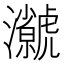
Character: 𭳳